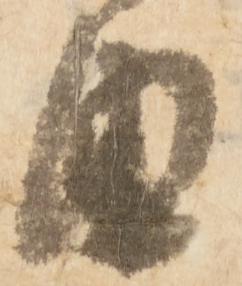
由